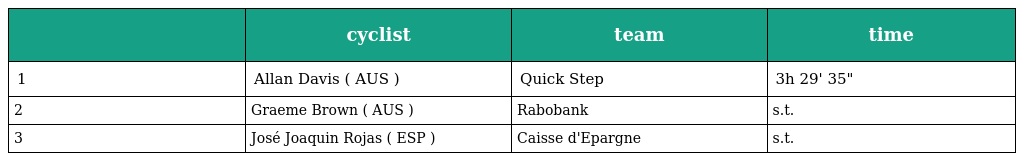
|  | cyclist | team | time |
 | --- | --- | --- | --- |
 | 1 | Allan Davis ( AUS ) | Quick Step | 3h 29' 35" |
 | 2 | Graeme Brown ( AUS ) | Rabobank | s.t. |
 | 3 | José Joaquin Rojas ( ESP ) | Caisse d'Epargne | s.t. |